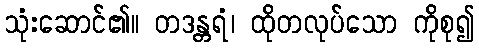
သုံးဆောင်၏။ တဒန္တရံ၊ ထိုတလုပ်သော ကိုစု၍